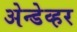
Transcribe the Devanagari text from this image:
अेन्डेव्हर